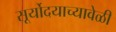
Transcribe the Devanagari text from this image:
सूर्योदयाच्यावेळी